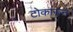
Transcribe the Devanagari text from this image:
टोकारून